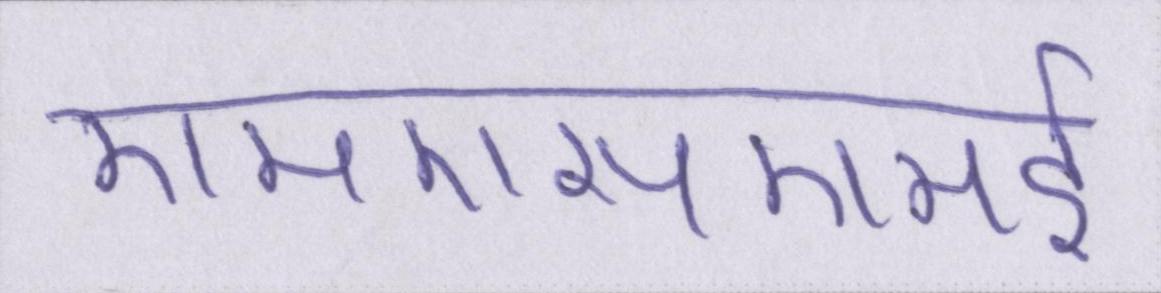
एमएसएमई